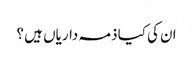
ان کی کیا ذمہ داریاں ہیں ؟